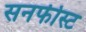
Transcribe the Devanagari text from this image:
सनफीस्ट